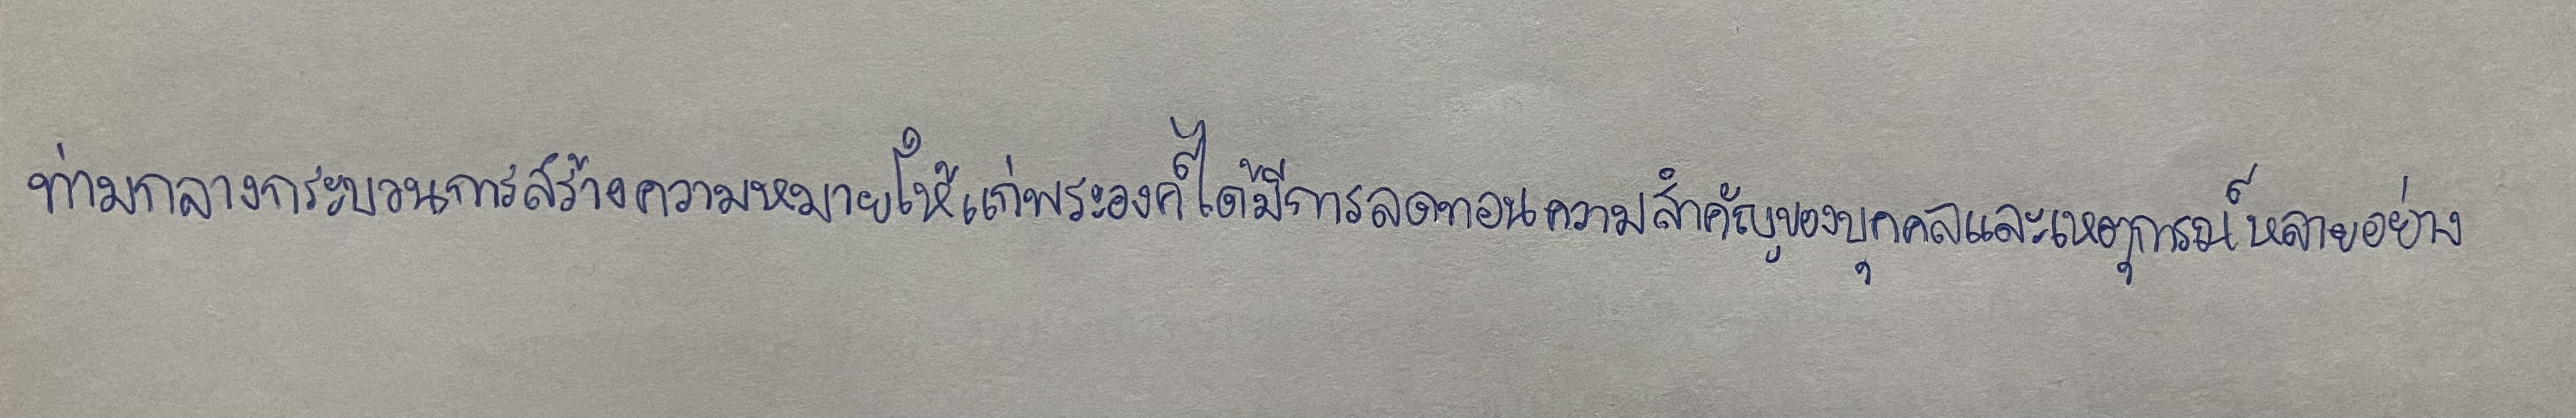
ท่ามกลางกระบวนการสร้างความหมายให้แก่พระองค์ได้มีการลดทอนความสำคัญของบุคคลและเหตุการณ์หลายอย่าง